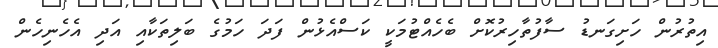
އިތުރުން ހަށިގަނޑު ސާފުތާހިރުކޮށް ބެހެއްޓުމަކީ ކަސްއެޅުން ފަދަ ހަމުގެ ބަލިތަކާއި އަދި އެެހެނިހެން